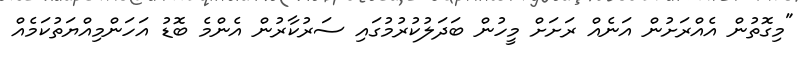
"މިގޮތުން އެއްރަށުން އަނެއް ރަށަށް މީހުން ބަދަލުކުރުމުގައި ސަރުކާރުން އެންމެ ބޮޑު އަހަންމިއްޔަތުކަމެއް